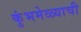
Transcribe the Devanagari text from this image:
कुंभमेळ्याची